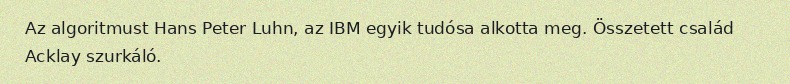
Az algoritmust Hans Peter Luhn, az IBM egyik tudósa alkotta meg. Összetett család Acklay szurkáló.